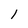
Character: I